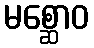
မစ္ဆောဝ